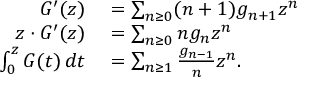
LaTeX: \begin{array} { r l } { G ^ { \prime } ( z ) } & { { } = \sum _ { n \geq 0 } ( n + 1 ) g _ { n + 1 } z ^ { n } } \\ { z \cdot G ^ { \prime } ( z ) } & { { } = \sum _ { n \geq 0 } n g _ { n } z ^ { n } } \\ { \int _ { 0 } ^ { z } G ( t ) \, d t } & { { } = \sum _ { n \geq 1 } { \frac { g _ { n - 1 } } { n } } z ^ { n } . } \end{array}